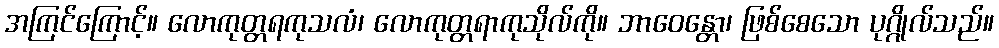
အကြင်ကြောင့်။ လောကုတ္တရကုသလံ၊ လောကုတ္တရာကုသိုလ်ကို။ ဘာဝေန္တော၊ ဖြစ်စေသော ပုဂ္ဂိုလ်သည်။